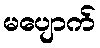
မပျောက်